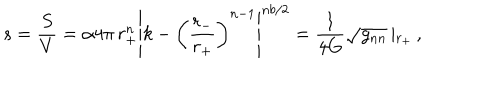
s = \frac { S } { V } = \alpha 4 \pi \, r _ { + } ^ { n } \left| k - \left( \frac { r _ { - } } { r _ { + } } \right) ^ { n - 1 } \right| ^ { n b / 2 } = \frac { 1 } { 4 G } \sqrt { g _ { n n } } \left| _ { r _ { + } } \right. ,